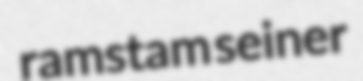
ramstam seiner